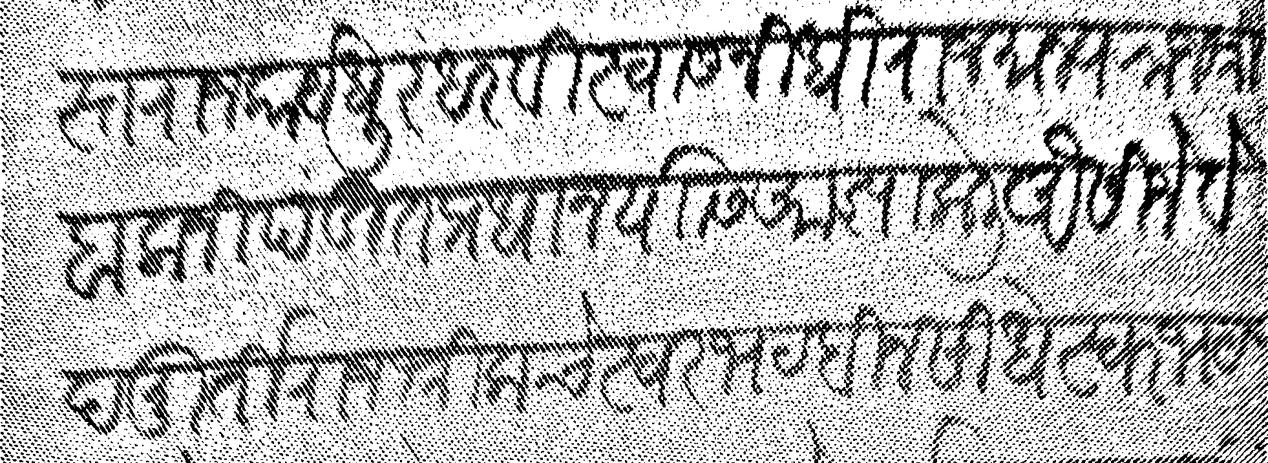
Transliteration (Devanagari): समस्त राजकार्य धुरंधर विस्वास निधि राजमान्य राजश्री बालाजी पंडित प्रधान यासी आज्ञा केली जैसीजे वेदमूर्ती राजश्री कचेस्वर भट बीन सिधेस्वर भट